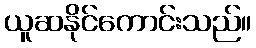
ယူဆနိုင်ကောင်းသည်။